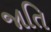
જાતિ